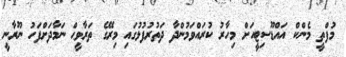
މުފްތީ މެންކް އައްޑޫސިޓީއަށް މިހާރު ކުރައްވަމުންދާ ދަތުރުފުޅުގައި މިރޭގެ ތަރާވީޙް ނަމާދަށްފަހު ނޫރާނީ